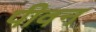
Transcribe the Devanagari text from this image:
पीवन